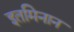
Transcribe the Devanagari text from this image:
इतमिनान